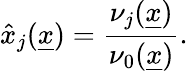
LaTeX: \hat{x}_{j}(\underline{{x}})=\frac{\nu_{j}(\underline{{x}})}{\nu_{0}(\underline{{x}})}.